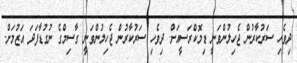
ދިވެހި ސަރުކާރުން ޖެހިލުންވަނީ ޑިމޮކްރަސީއަށް. ދިވެހި ސަރުކާރުން ޖެހިލުންވަނީ ގާސިމްގެ ނުގުޑާފަދަ އަޒުމަށް.